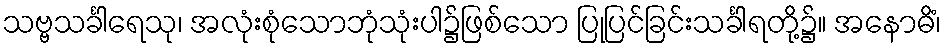
သဗ္ဗသင်္ခါရေသု၊ အလုံးစုံသောဘုံသုံးပါ၌ဖြစ်သော ပြုပြင်ခြင်းသင်္ခါရတို့၌။ အနောဓိံ၊